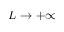
L \to + \infty